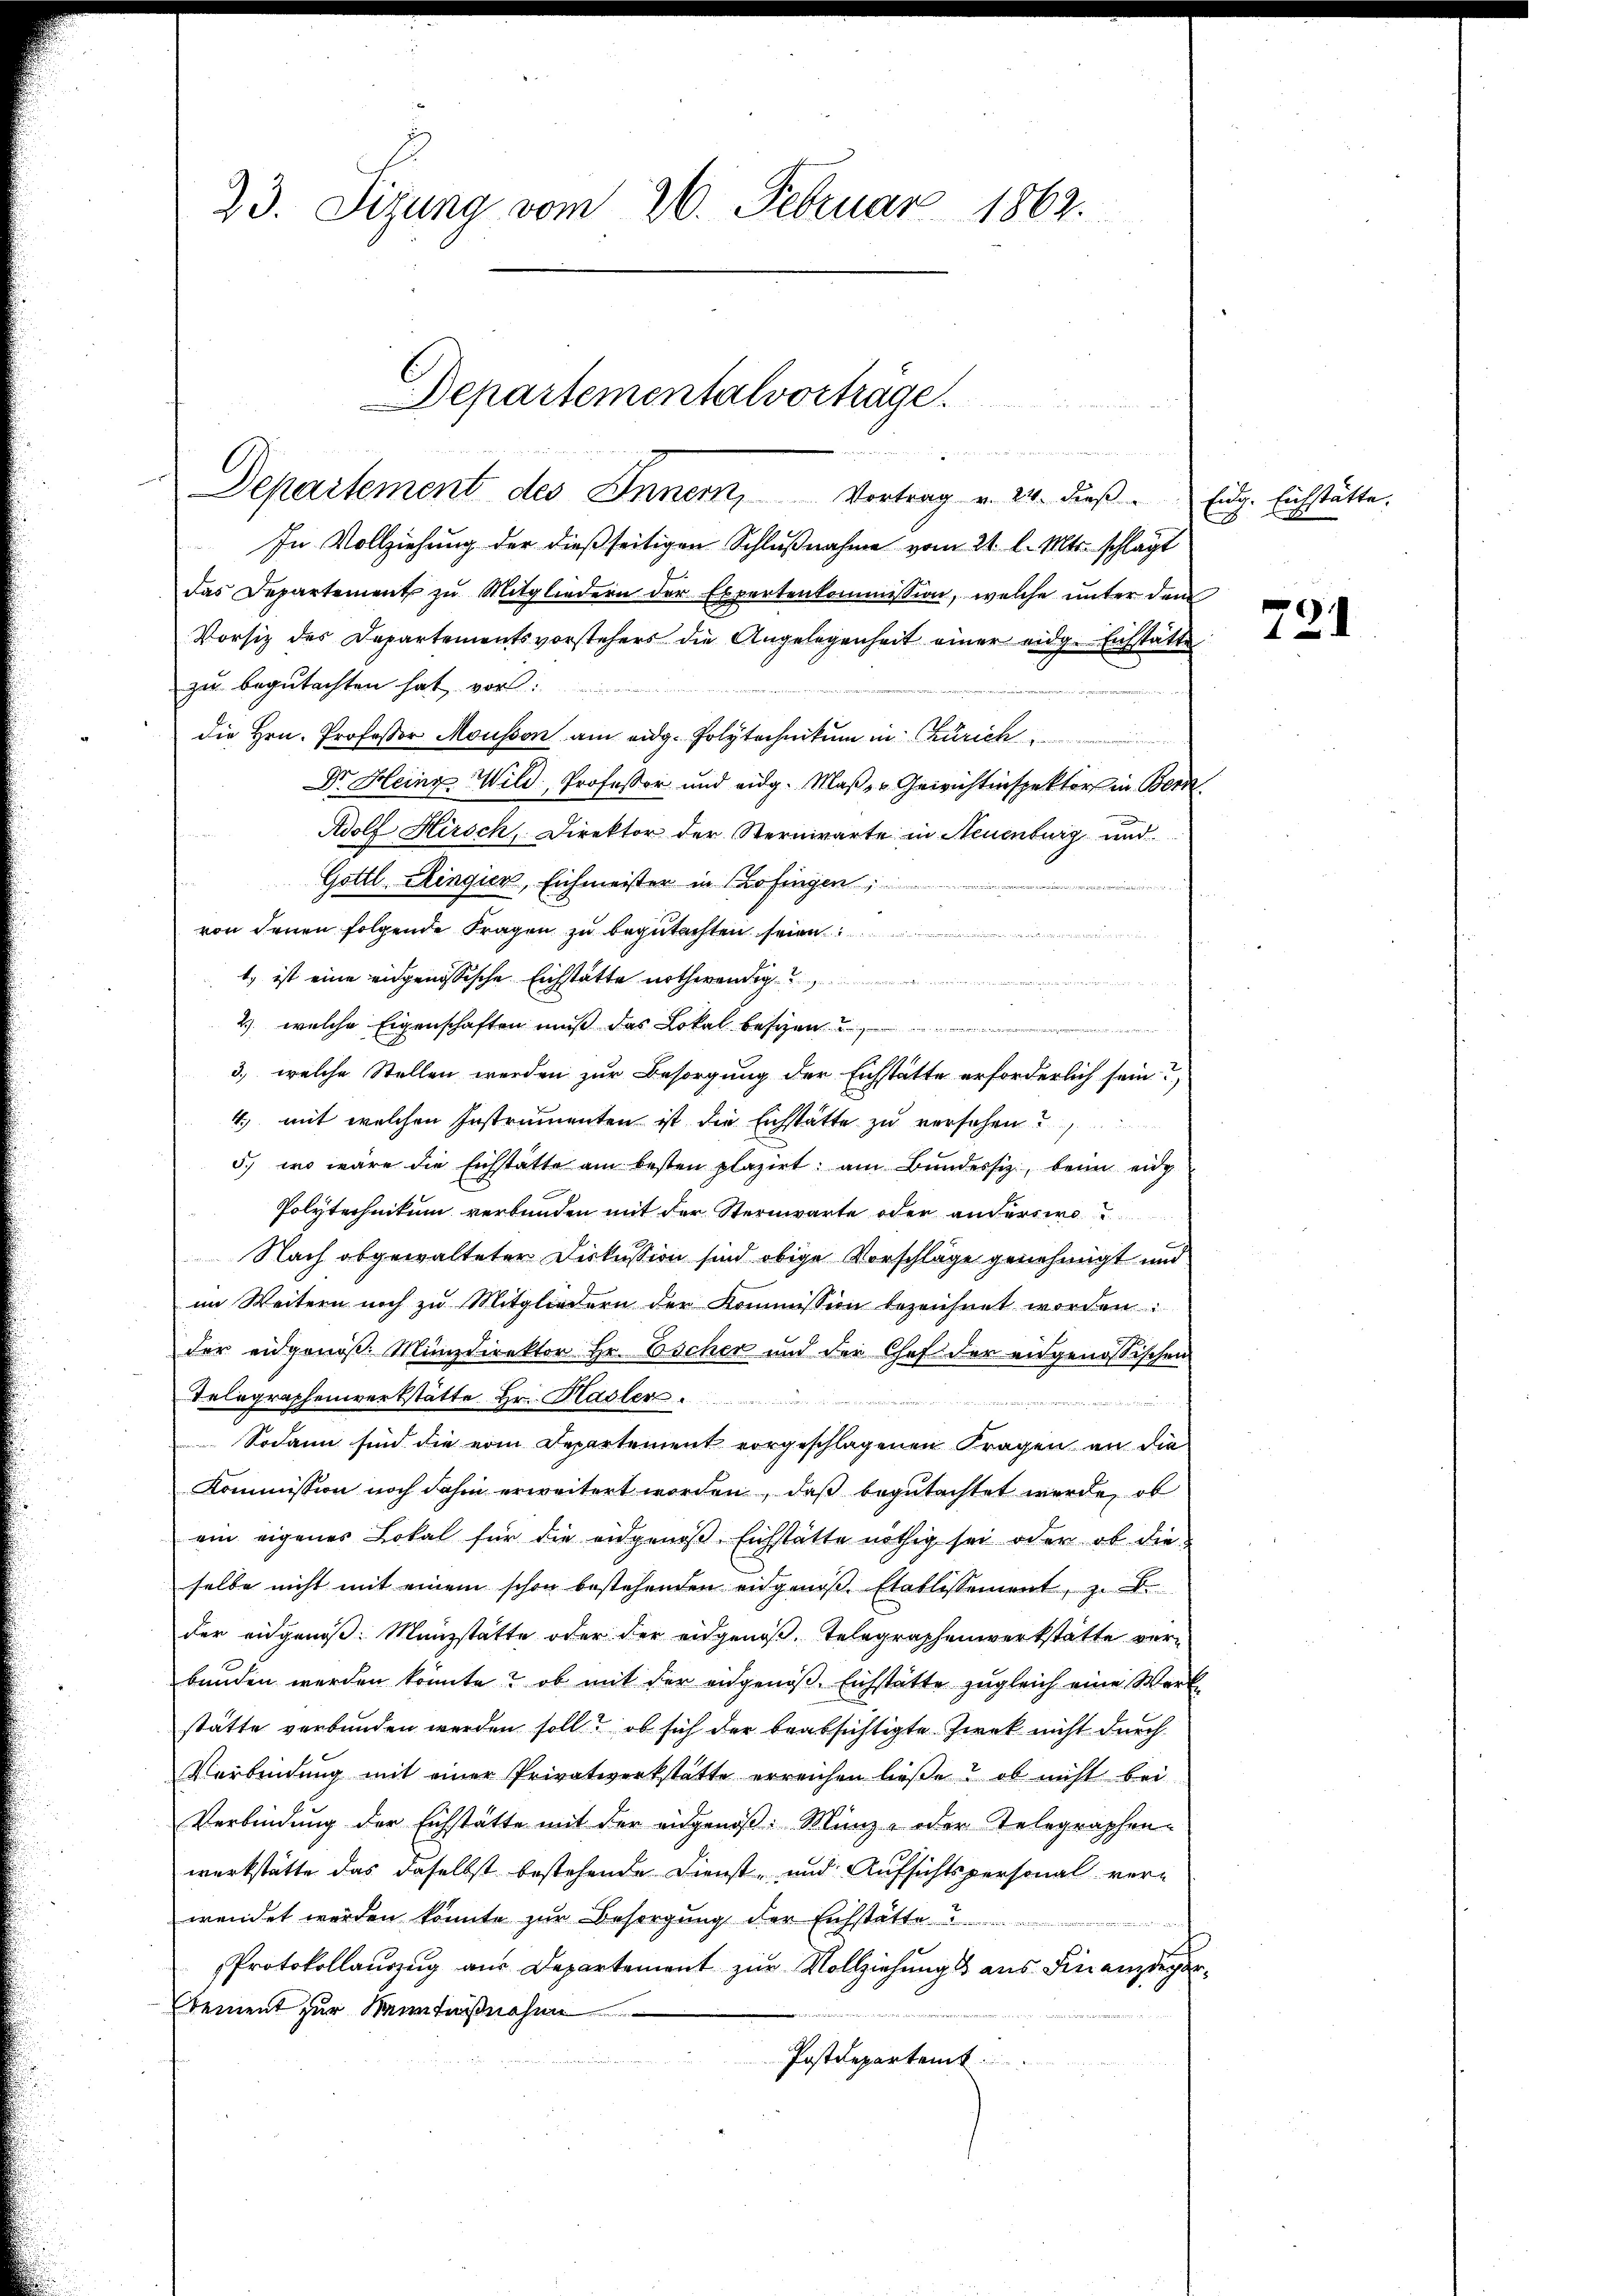
23. Sizung vom 26. Februar 1863.

Departementalvorträge.
hut den werden dieselben welcher in den sind, die
Departement des Innern, Vortrag v. 24. dieβ Eidg. Eichstätte.

In Vollziehung der dießseitigen Schlußnahme vom 21. l. Mts. schlagt
das Departement zu Mitgliedern der Expertenkommission, welche unter dem
Vorsitz des Departementsvorstehers die Angelegenheit einer eidg. Eichstätte
zu begutachten hat vor:
die Hrn. Professor Mousson am eidg. Polytechnikum in Zürich
Dr. Heinz Wild, Professor und eidg. Maβ- u Gewichtinspektor in Bern
Adolf Hirsch, Direktor der Sternwarte in Neuenburg und
Gottl Ringier, Eichmeister in Zofingen,

von denen folgende Fragen zu begutachten seien
t, ist eine eidgenössische Eichstätte noth
2) welche Eigenschaften muß das Lokal besizen
3., welche Stellen werden zur Besorgung der Eichstätte erforderlich sein?
4. mit welchen Instrumenten ist die Eichstätte zu versehen u
5., wo wäre die Eichstatte am besten plazirt am Bŭndessiz, beim eidg
Polytechnikum verbunden mit der Sternwarte oder anderswo
Nach abgewalteter Diskussion sind obige Vorschläge genehmigt und
im Weitern noch zu Mitgliedern der Kommission bezeichnet worden:
der eidgenöß. Münzdirektor Hr. Escher und der Chef der engenössischen
Telegraphenvertstätte Hr. Plagler
e
Sodann sind die vom Departement vorgeschlagenen Fragen an die
Kommission noch dahin erweitert worden, daß begutachtet werde, ob
ein eigener Lokal für die eidgenoß Eichstätte nöthig sei oder ob die
selbe nicht mit einem schon bestehenden eidgenoß Etablissement, z. B.
der eidgenoß: Manzstätte oder der eidgenoß, Telegraphenwerkstätte verbunden werden könnte? ob mit der eidgenoß Eichstätte zugleich eine Werk
stätte verbunden werden soll? ob sich der beabsichtigte Zweck nicht durch
Verbindung mit einer Privatwerkstätte erreichen ließe? ob nicht bei
Verbindung der Eichstätte mit der eidgenoß: Münz- oder Telegraphen-
werkstätte das daselbst bestehende Dienst- und Aufsichtspersonal verwendet werden könnte zur Besorgung der Eichstätte?
Protokollauszug aus Departement zur Vollziehung aus Finanzdepar
dement zur Kenntnißnahme
Postdepartemt

x

721